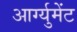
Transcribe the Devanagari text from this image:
आर्ग्युमेंट